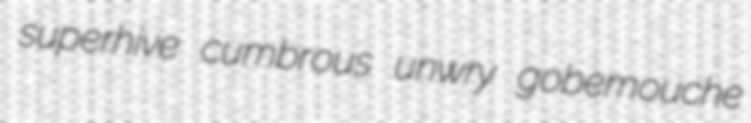
superhive cumbrous unwry gobemouche